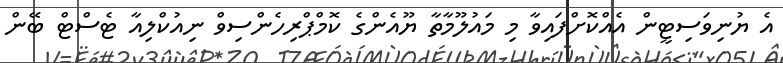
އެ ޔުނިވަސިޓީން އެއްކޮށްފައިވާ މި މައުލޫމާތާ ޔޫއެންގެ ކޮމްޕްރިހެންސިވް ނިއުކްލިއާ ޓެސްޓް ބޭން